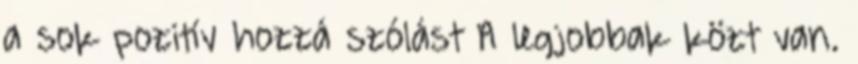
a sok pozitív hozzá szólást A legjobbak közt van.